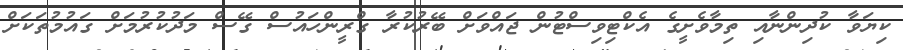
ކިޔަވާ ކުދިންނާއި ތިމާވެށީގެ އެކްޓިވިސްޓުން ޖައްވަށް ބޭރުކުރާ ގްރީންހައުސް ގޭސް މަދުކުރުމަށް ގައުމުތަކަށް